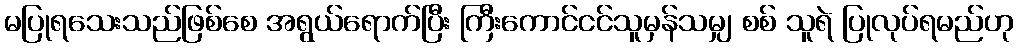
မပြုရသေးသည်ဖြစ်စေ အရွယ်ရောက်ပြီး ကြီးကောင်ငင်သူမှန်သမျှ စစ် သူရဲ ပြုလုပ်ရမည်ဟု